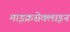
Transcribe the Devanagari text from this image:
माइक्रसेक्लाइन